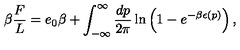
\beta { \frac { F } { L } } = e _ { 0 } \beta + \int _ { - \infty } ^ { \infty } { \frac { d p } { 2 \pi } } \ln \left( 1 - e ^ { - \beta \epsilon ( p ) } \right) ,